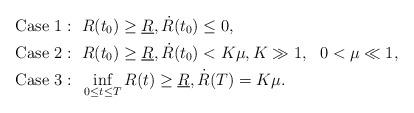
LaTeX: \begin{align*}& \mbox{Case 1}:~ R(t_0) \geq \underline{R}, \dot{R}(t_0) \leq 0, \cr& \mbox{Case 2}:~ R(t_0)\geq\underline{R}, \dot{R}(t_0)<K \mu, K \gg 1,~~ 0< \mu \ll 1, \cr& \mbox{Case 3}:~\inf_{0 \leq t \leq T} R(t) \geq\underline{R}, \dot{R}(T)=K \mu.\end{align*}